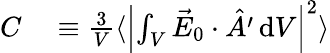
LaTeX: \begin{array}{rl}{C}&{{}\equiv\frac{3}{V}\langle\left\vert{\int}_{V}\, \vec{E}_{0}\cdot\hat{A^{\prime}}\, \mathrm{d}V\right\vert^{2}\rangle}\end{array}